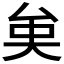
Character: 𠫪